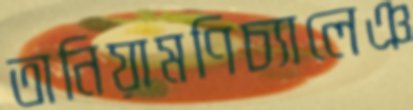
তানিয়ামণিচ্যালেঞ